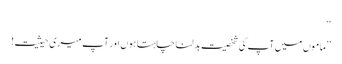
‘‘
’’ماموں میں آپ کی شخصیت بدلنا چاہتا ہوں اور آپ میری حیثیت!